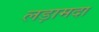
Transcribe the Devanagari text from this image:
लड़ामदा